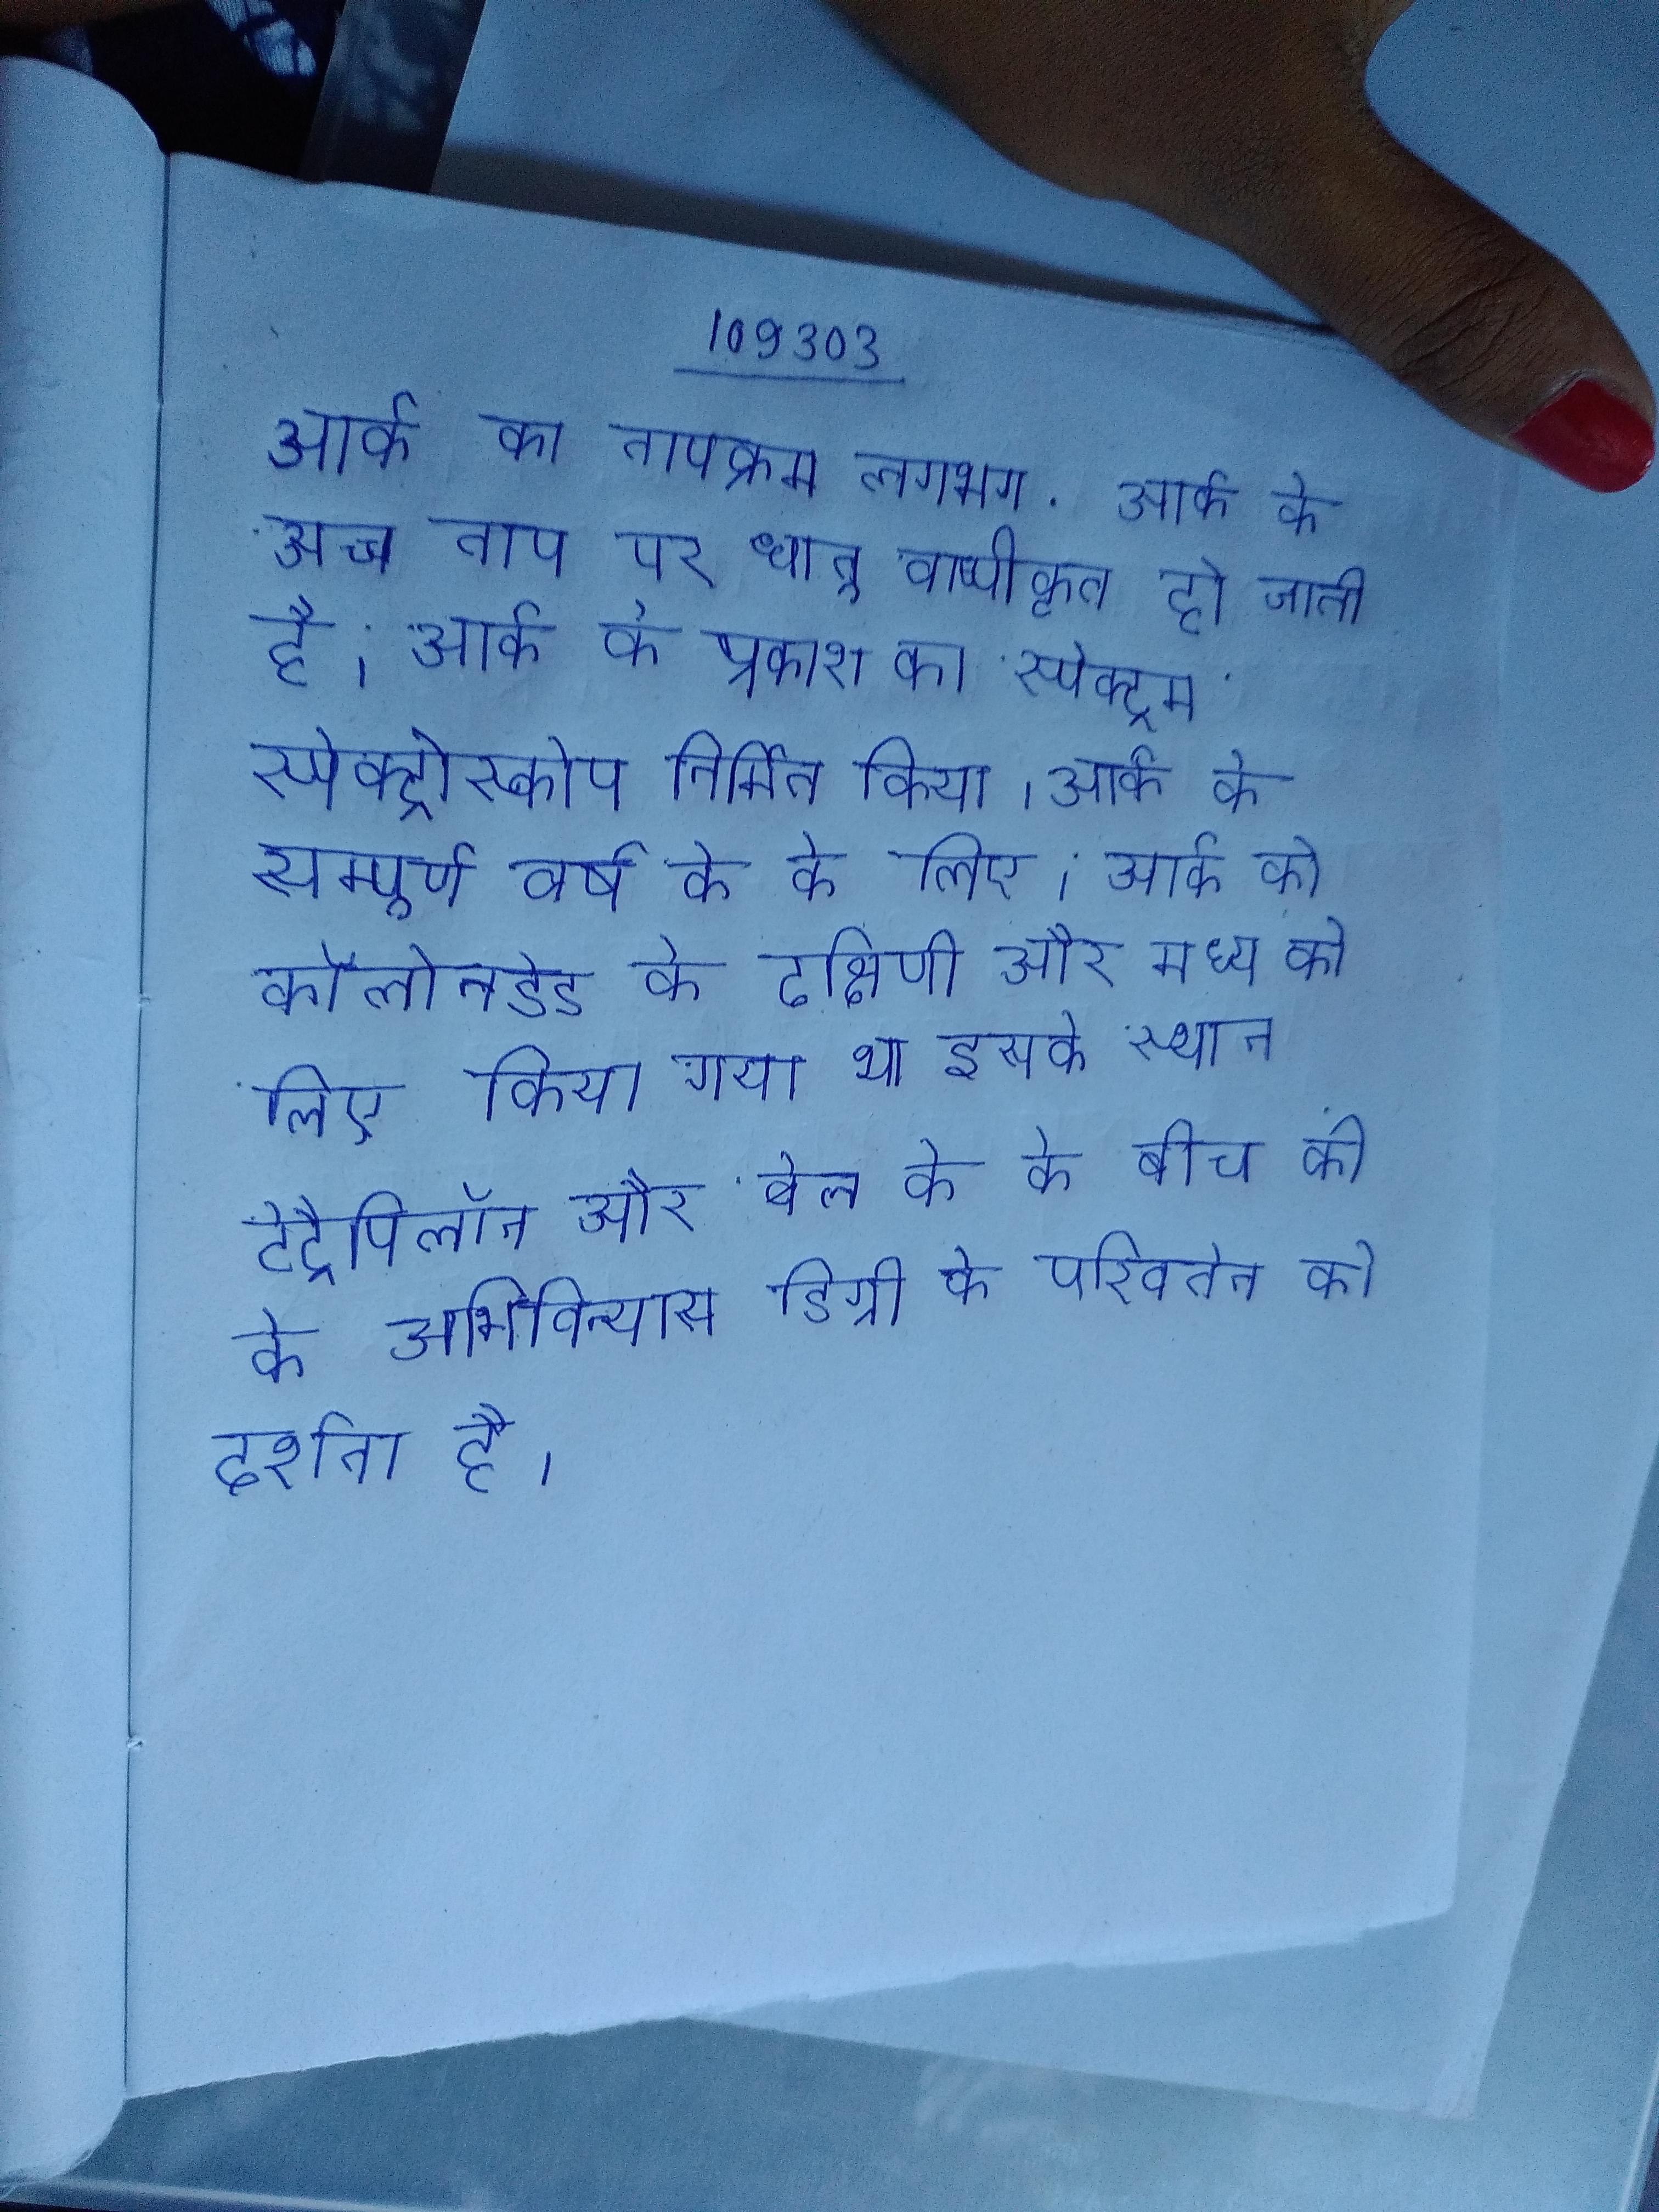
आर्क का तापक्रम लगभग . आर्क के उच्च ताप पर धातु वाष्पीकृत हो जाती है । आर्क के प्रकाश का स्पेक्ट्रम स्पेक्ट्रोस्कोप निर्मित किया । आर्क के सम्पूर्ण वर्ष के के लिए । आर्क को कॉलोनडेड के दक्षिणी और मध्य को एकीकृत करने के लिए किया गया था इसके स्थान टेट्रैपिलॉन और बेल के के बीच की के अभिविन्यास डिग्री के परिवर्तन को दर्शाता है ।